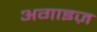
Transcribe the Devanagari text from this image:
अगाइज़